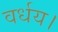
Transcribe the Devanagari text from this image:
वर्धय।